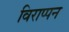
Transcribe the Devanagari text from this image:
विराप्पन